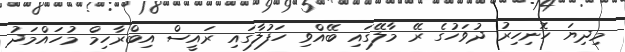
މިދިޔަ ހޮނިހިރު ދުވަހުގެ ރޭ މާލޭގައި ބޭއްވި ހަފުލާގައި ރައީސް އިބްރާހިމް މުހައްމަދު